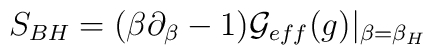
S_{BH}=(\beta\partial_\beta-1){\cal G}_{eff} (g)|_{\beta=\beta_H}